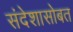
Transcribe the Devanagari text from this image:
संदेशासोबत